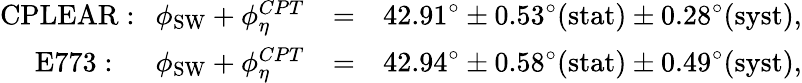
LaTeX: \begin{array}{rlr}{\mathrm{CPLEAR:}~~~\phi_{\mathrm{SW}}+\phi_{\eta}^{CPT}}&{=}&{42.91^{\circ}\pm 0.53^{\circ}\mathrm{(stat)}\pm 0.28^{\circ}\mathrm{(syst)},}\\ {\mathrm{E773:~~}~~~\phi_{\mathrm{SW}}+\phi_{\eta}^{CPT}}&{=}&{42.94^{\circ}\pm 0.58^{\circ}\mathrm{(stat)}\pm 0.49^{\circ}\mathrm{(syst)},}\end{array}